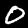
Digit: 0